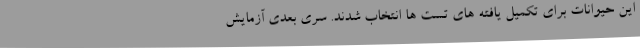
این حیوانات برای تکمیل یافته های تست ها انتخاب شدند. سری بعدی آزمایش